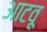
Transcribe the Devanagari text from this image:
आटवू